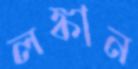
লঙ্কান